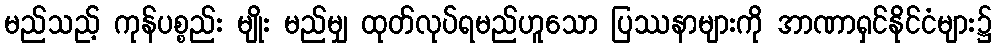
မည်သည့် ကုန်ပစ္စည်း မျိုး မည်မျှ ထုတ်လုပ်ရမည်ဟူသော ပြဿနာများကို အာဏာရှင်နိုင်ငံများ၌